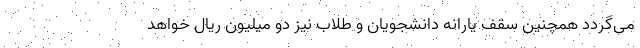
می‌گردد همچنین سقف یارانه دانشجویان و طلاب نیز دو میلیون ریال خواهد